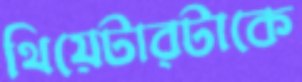
থিয়েটারটাকে